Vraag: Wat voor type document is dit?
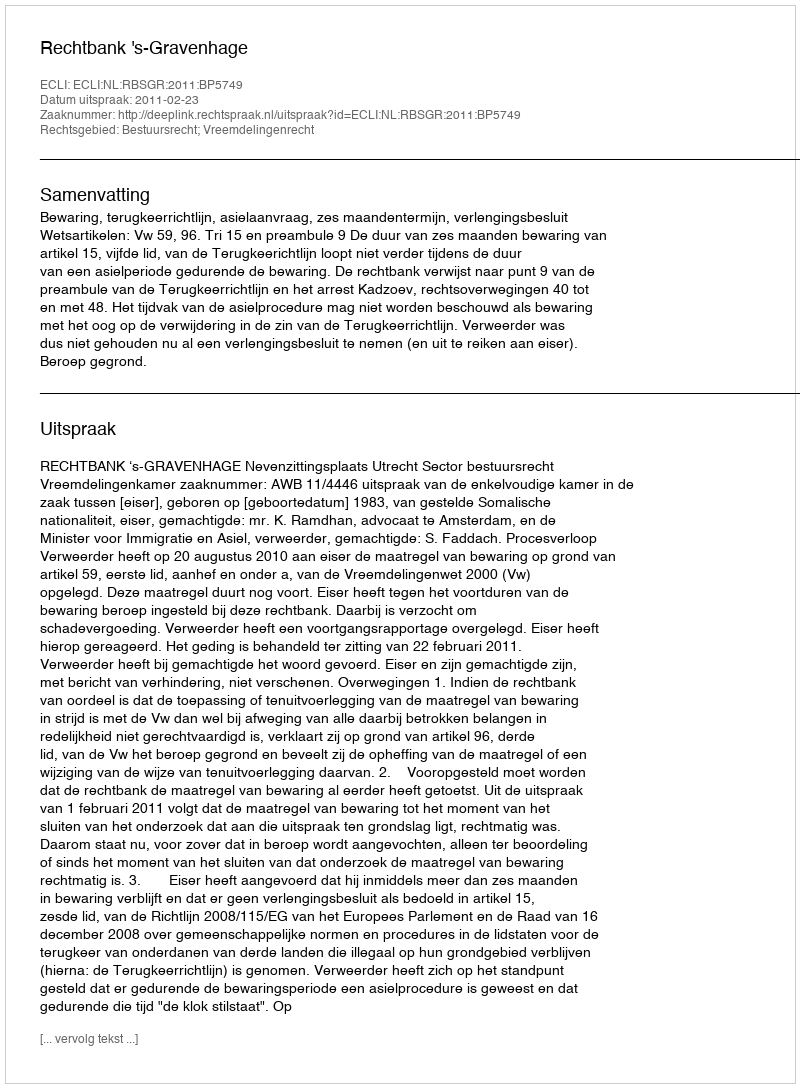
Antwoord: Uitspraak